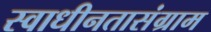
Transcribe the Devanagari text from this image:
स्वाधीनतासंग्राम